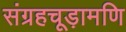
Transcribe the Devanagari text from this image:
संग्रहचूड़ामणि